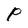
Character: P